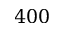
4 0 0